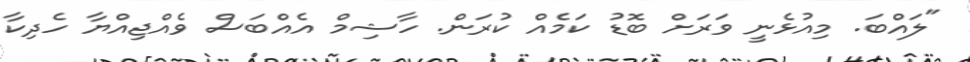
"ލައްބަ. މިއުޅެނީ ވަރަށް ބޮޑު ކަމެއް ކުރަން. ހާޝިމް އެއްބަސް ވެއްޖިއްޔާ ހެދިކާ